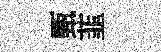
甄韮